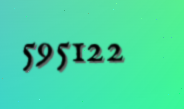
595122